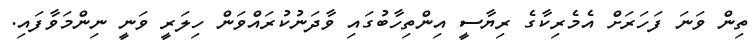
ތިން ވަނަ ފަހަރަށް އެމެރިކާގެ ރިޔާސީ އިންތިހާބުގައި ވާދަނުކުރައްވަން ހިލަރީ ވަނީ ނިންމަވާފައި.